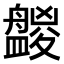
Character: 𥃑